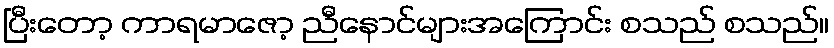
ပြီးတော့ ကာရမာဇော့ ညီနောင်များအကြောင်း စသည် စသည်။